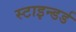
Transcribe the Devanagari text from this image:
स्टाइन्डर्ड